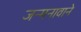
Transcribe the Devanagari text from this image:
जन्मनावाने